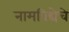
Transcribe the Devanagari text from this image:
नामविद्येचे